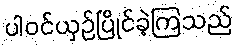
ပါဝင်ယှဉ်ပြိုင်ခဲ့ကြသည်